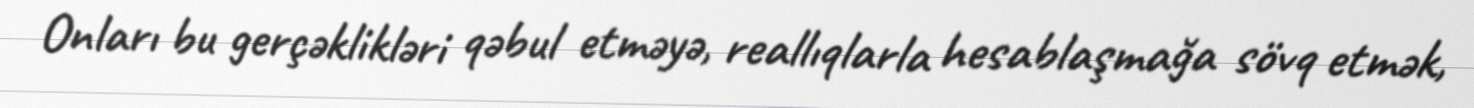
Onları bu gerçəklikləri qəbul etməyə, reallıqlarla hesablaşmağa sövq etmək,